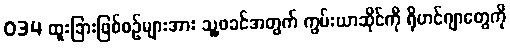
034 ထူးခြားဖြစ်စဉ်များအား သူ့ဖခင်အတွက် ကွမ်းယာဆိုင်ကို ရိုဟင်ဂျာတွေကို